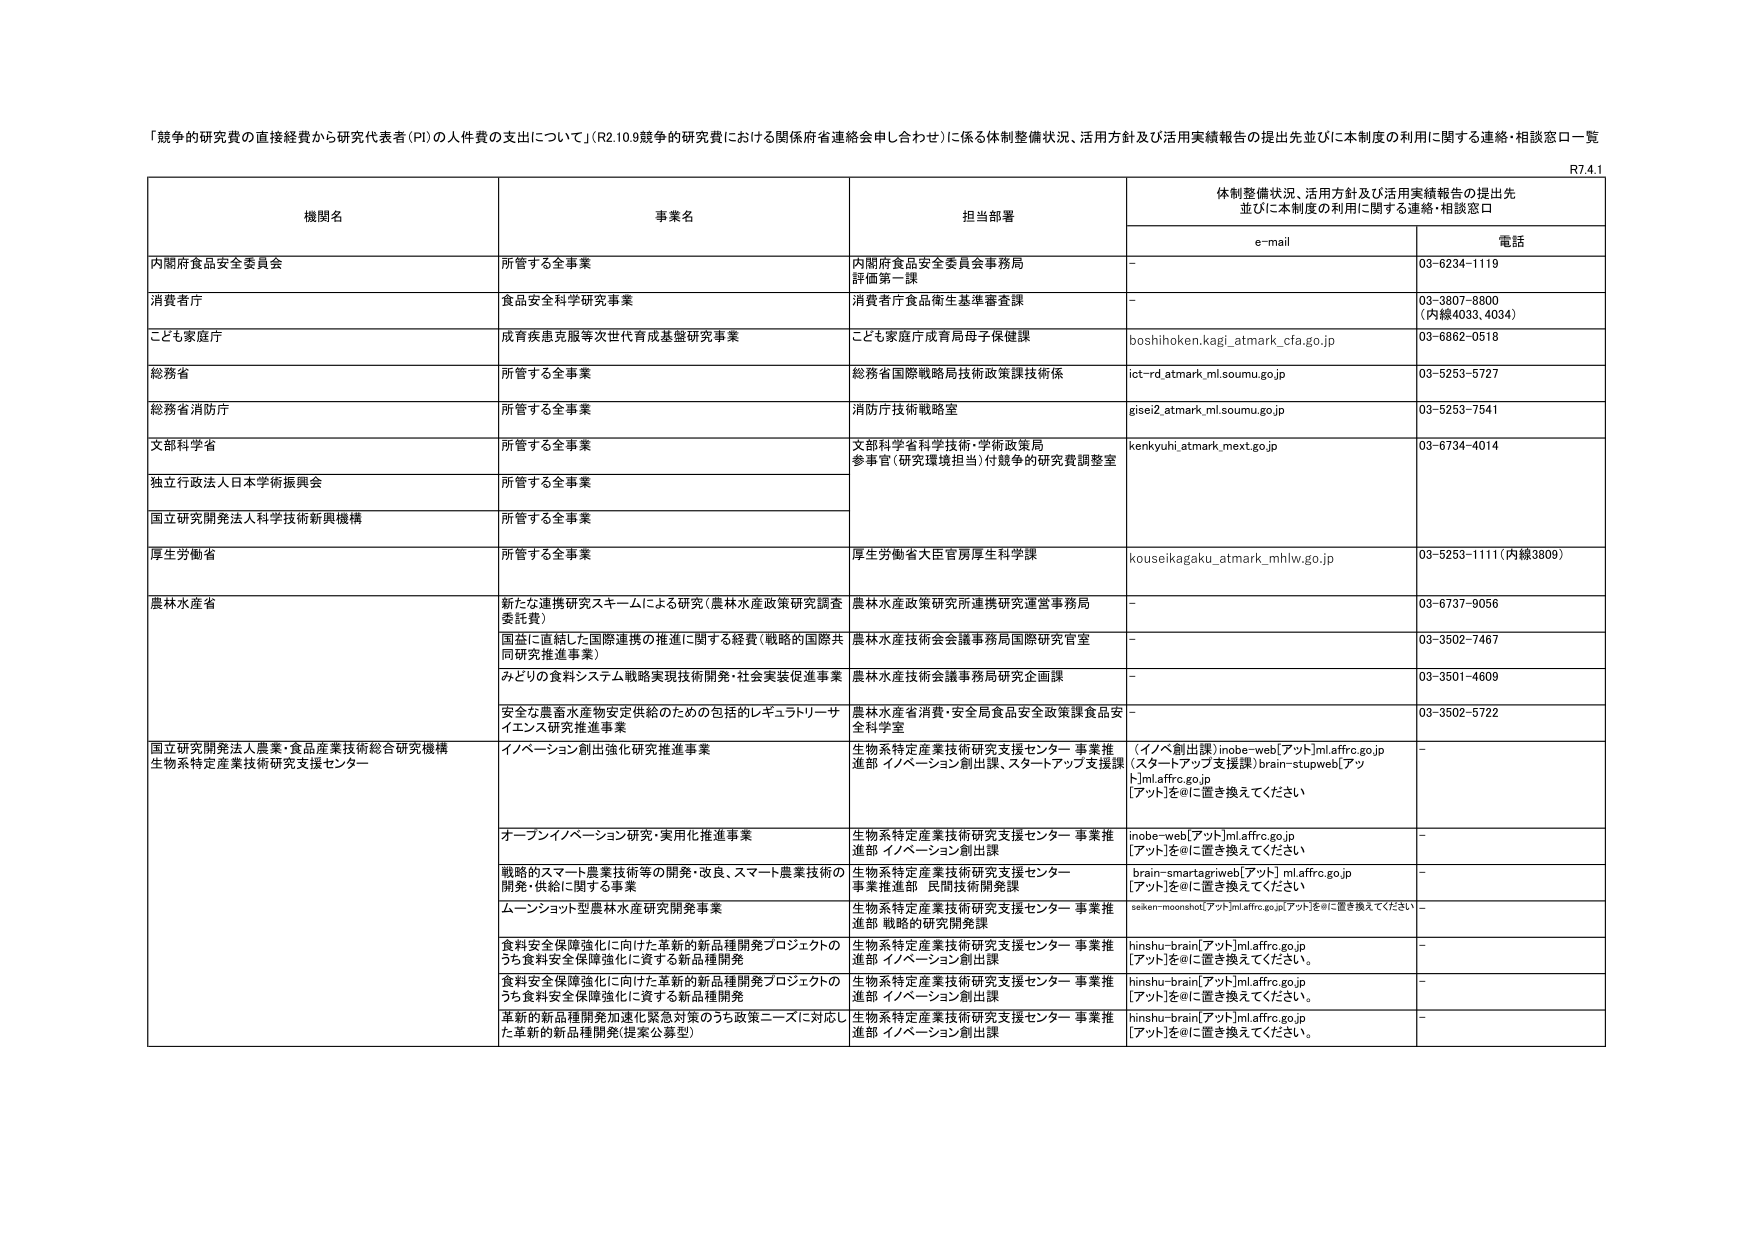
「競争的研究費の直接経費から研究代表者（PI）の人件費の支出について」（R2.10.9競争的研究費における関係府省連絡会申し合わせ）に係る体制整備状況、活用方針及び活用実績報告の提出先並びに本制度の利用に関する連絡・相談窓口一覧

R7.4.1

機関名